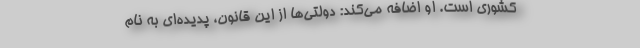
کشوری است. او اضافه می‌کند: دولتی‌ها از این قانون، پدیده‌ای به نامِ